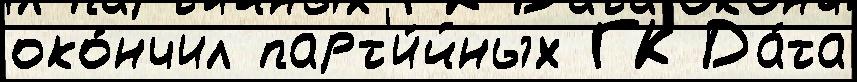
око́нчил парт'и́йных ГК Да́та